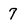
Character: 7